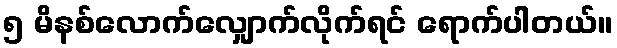
၅ မိနစ်လောက်လျှောက်လိုက်ရင် ရောက်ပါတယ်။